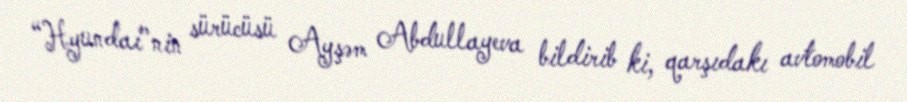
“Hyundai”nin sürücüsü Ayşəm Abdullayeva bildirib ki, qarşıdakı avtomobil